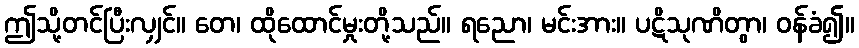
ဤသို့တင်ပြီးလျှင်။ တေ၊ ထိုထောင်မှုးတို့သည်။ ရညော၊ မင်းအား။ ပဋိသုဏိတွာ၊ ဝန်ခံ၍။